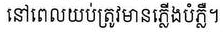
នៅពេលយប់ត្រូវមានភ្លើងបំភ្លឺ។